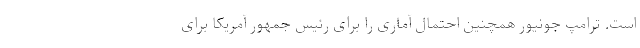
است. ترامپ جونیور همچنین احتمال آماری را برای رئیس جمهور آمریکا برای